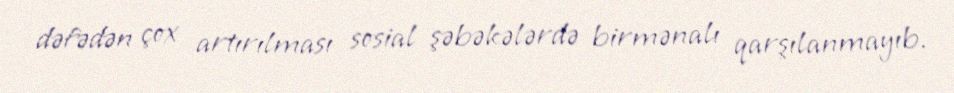
dəfədən çox artırılması sosial şəbəkələrdə birmənalı qarşılanmayıb.